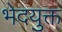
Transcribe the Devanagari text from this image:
भेदयुक्त